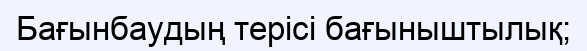
Бағынбаудың терісі бағыныштылық;